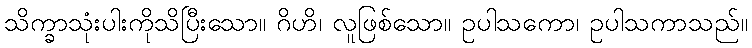
သိက္ခာသုံးပါးကိုသိပြီးသော။ ဂိဟိ၊ လူဖြစ်သော။ ဥပါသကော၊ ဥပါသကာသည်။